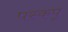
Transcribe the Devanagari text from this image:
पस्कपू